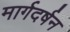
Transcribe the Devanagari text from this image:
मार्गदर्षन